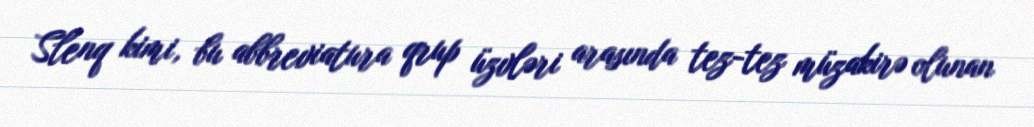
Slenq kimi, bu abbreviatura qrup üzvləri arasında tez-tez müzakirə olunan